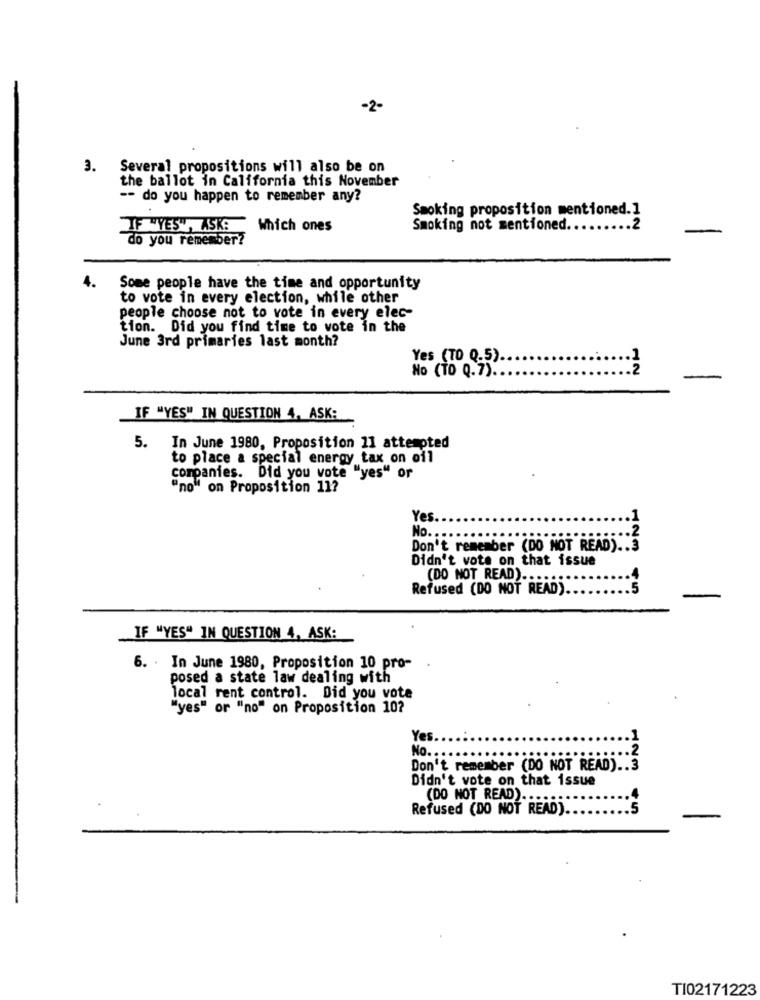
-2-
3.
Several propositions will also be on
the ballot in California this November
-- do you happen to remember any?
Smoking proposition mentioned.]
IF "YES", ASK: Which ones
Smoking not mentioned.
.2
do you remember?
4.
Some people have the time and opportunity
to vote in every election, while other
people choose not to vote in every elec-
tion. Did you find time to vote in the
June 3rd primaries last month?
Yes (TO Q.5).
No (TO Q.7).
2
IF "YES" IN QUESTION 4, ASK:
5. In June 1980, Proposition 11 attempted
to place a special energy tax on oil
companies. Did you vote "yes" or
"no" on Proposition 11?
Yes
No.
Don't remember (DO NOT READ) .. 3
Didn't vote on that issue
(DO NOT READ) .....
Refused (DO NOT READ)
45
IF "YES" IN QUESTION 4, ASK:
6. . In June 1980, Proposition 10 pro-
posed a state law dealing with
local rent control. Did you vote
"yes" or "no" on Proposition 10?
Ye
No.
Don't remember (DO NOT READ) .. 3
Didn't vote on that issue
(DO NOT READ) ...
Refused (DO NOT READ).
5
TI02171223